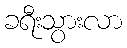
ခရီးသွားလာ